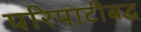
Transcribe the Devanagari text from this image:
परिपाटीबद्ध